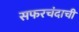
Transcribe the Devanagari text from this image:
सफरचंदाची